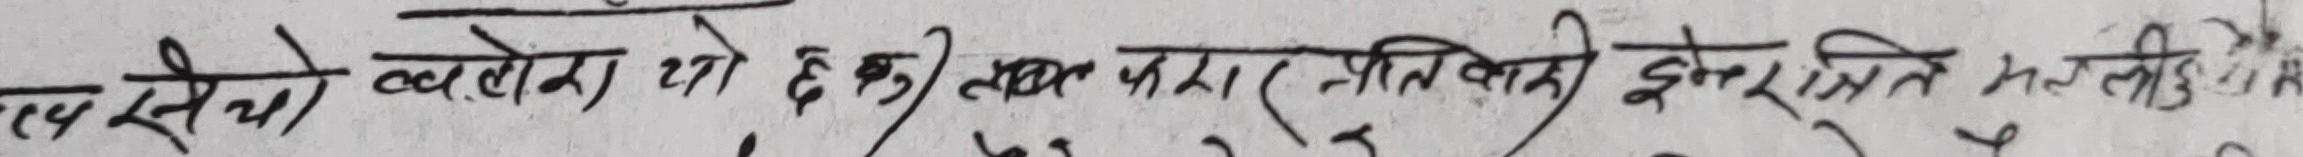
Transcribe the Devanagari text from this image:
रय सेयो ब्यलोमा थ्यो ६० लाख पाठा (जाति बही) इन्हेरिटेन्स मलाई रु ३०